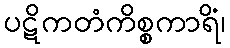
ပဋိကတံကိစ္စကာရိံ၊